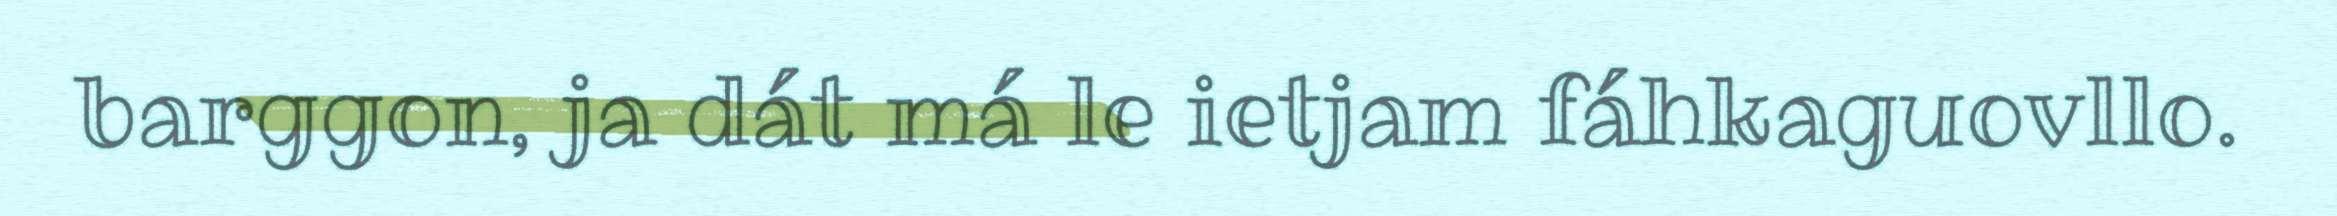
barggon, ja dát má le ietjam fáhkaguovllo.